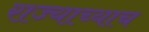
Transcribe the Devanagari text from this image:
राज्याच्याच